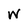
Character: w